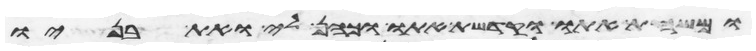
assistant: ומשחת אתו וקדשת אתו וכהן לי ואת בניו